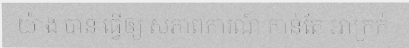
យ៉ាង បាន ធ្វើឲ្យ សភាពការណ៍ កាន់តែ អាក្រក់